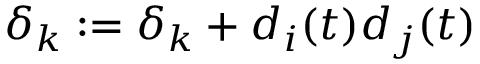
\delta _ { k } : = \delta _ { k } + d _ { i } ( t ) d _ { j } ( t )